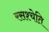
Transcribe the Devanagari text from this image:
रसश्चेति